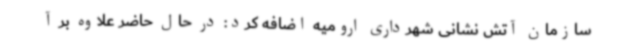
سازمان آتش نشانی شهرداری ارومیه اضافه کرد: در حال حاضر علاوه بر آ